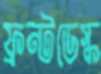
ফ্রন্টডেস্ক